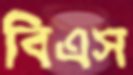
বিএস